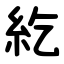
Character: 紇